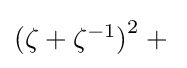
\textstyle (\zeta +\zeta ^{-1}{)}^{2}+{}